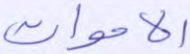
الأموات